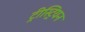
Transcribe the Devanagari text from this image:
ट्रीस्ट्रियन